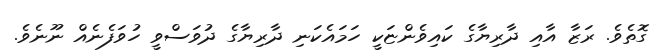
ގޮތެވެ. ރަޒާ އާއި ދާރިޔާގެ ކައިވެންޏަކީ ހަމައެކަނި ދާރިޔާގެ ދުވަސްވީ ހުވަފެނެއް ނޫނެވެ.